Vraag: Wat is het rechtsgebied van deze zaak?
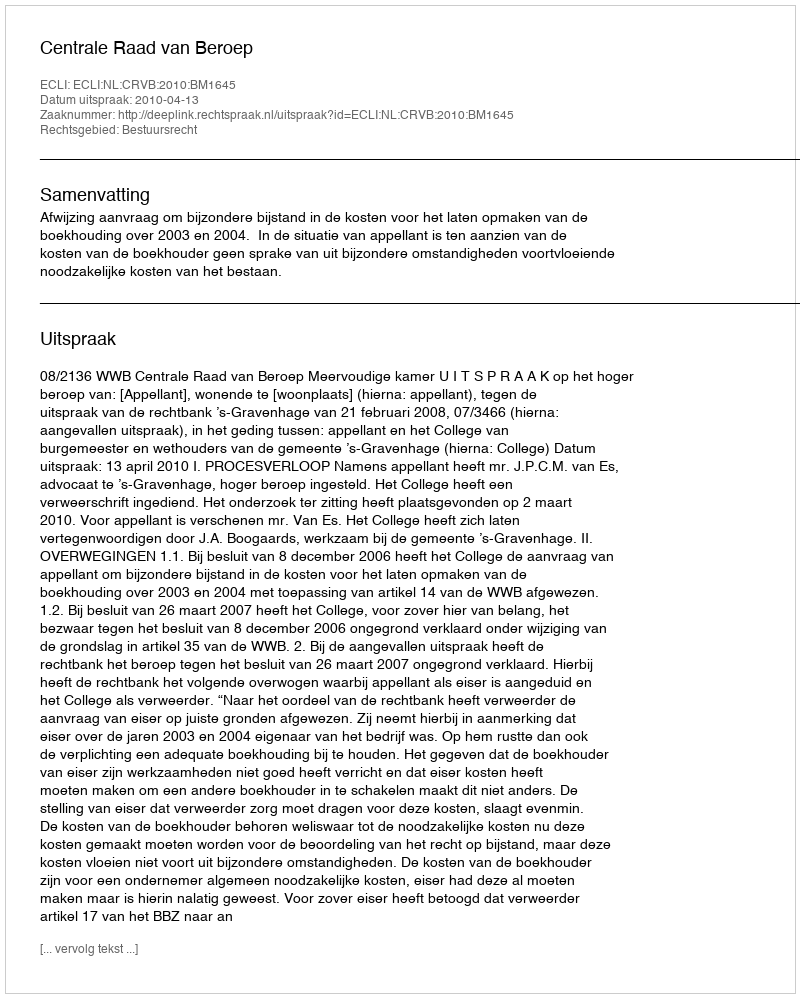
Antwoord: Bestuursrecht